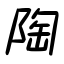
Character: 陶